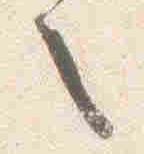
之